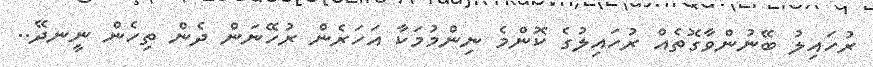
ރުހައިލު ބޭނުންވާގޮތެއް ރުހައިލުގެ ކޮންމެ ނިންމުމަކާ އަހަރެން ރުހޭނަން ދެން ތިހެން ނީނދޭ..